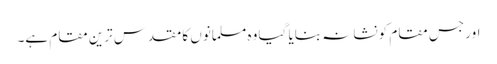
اور جس مقام کو نشانہ بنایا گیا وہ مسلمانوں کا مقدس ترین مقام ہے۔